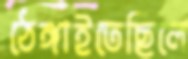
ঠেঙ্গাইতেছিলে